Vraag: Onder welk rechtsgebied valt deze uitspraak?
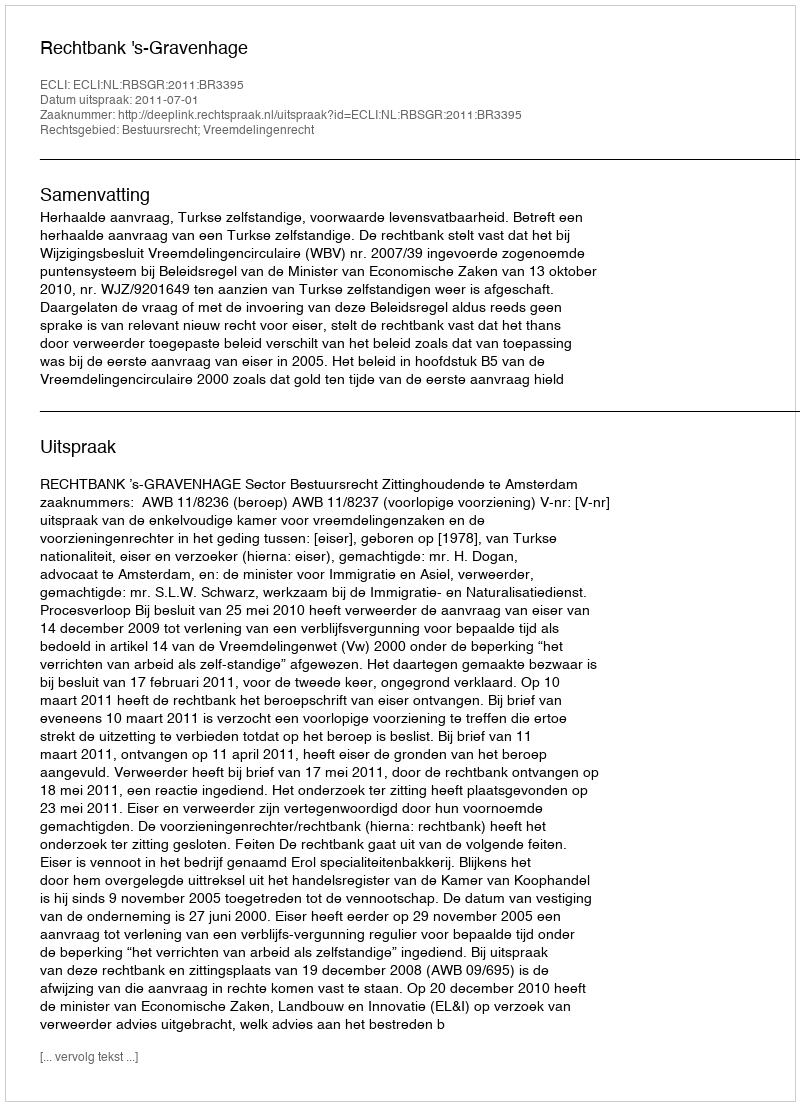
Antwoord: Bestuursrecht; Vreemdelingenrecht